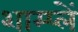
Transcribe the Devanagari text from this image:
शाम्प्लें